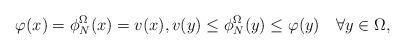
LaTeX: \begin{align*}\varphi(x) = \phi ^ \Omega _N(x) = v(x),v(y) \leq \phi ^ \Omega _N(y) \leq \varphi(y) \quad\forall y\in\Omega,\end{align*}